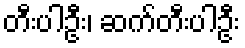
တီးပါဦး၊ ဆက်တီးပါဦး